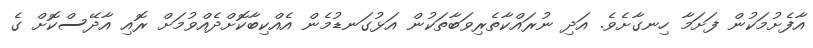
އާފެށުމަކުން ފަށަމާ ހިނގާށެވެ. އަދި ނުރައްކާތެރިވަބާތަކުން އަޅުގަނޑުމެން އެއްކިބާކޮށްދެއްވުމަށް ރޮއި އާދޭސްކޮށް ގެ